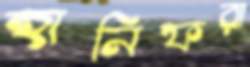
হানিফরা